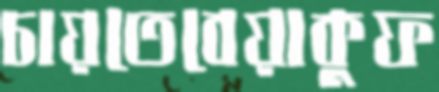
চায়তেবেয়াকুফ